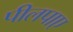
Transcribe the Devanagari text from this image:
पीलपाए